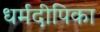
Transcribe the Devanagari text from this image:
धर्मदीपिका